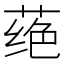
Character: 𫈵